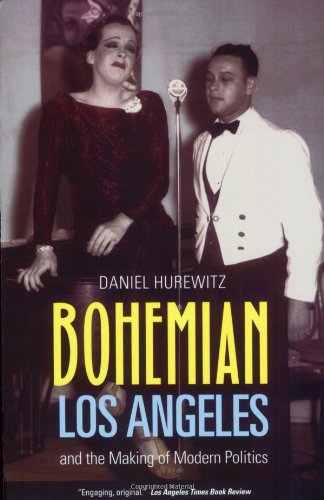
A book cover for Bohemian Los Angeles: and the Making of Modern Politics; Daniel Hurewitz; Gay & Lesbian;